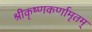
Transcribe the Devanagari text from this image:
श्रीकृष्णकर्णामृतम्